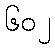
၆၀၂